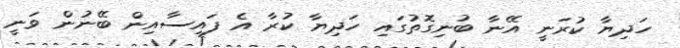
ހަދިޔާ ކުރަނީ އޭނާ ބުނިގޮތުގައި ހަދިޔާ ކުރާ އެ ފައިސާއިން ބޭނުން ވަނީ